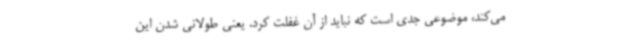
می‌کند، موضوعی جدی است که نباید از آن غفلت کرد. یعنی طولانی شدن این